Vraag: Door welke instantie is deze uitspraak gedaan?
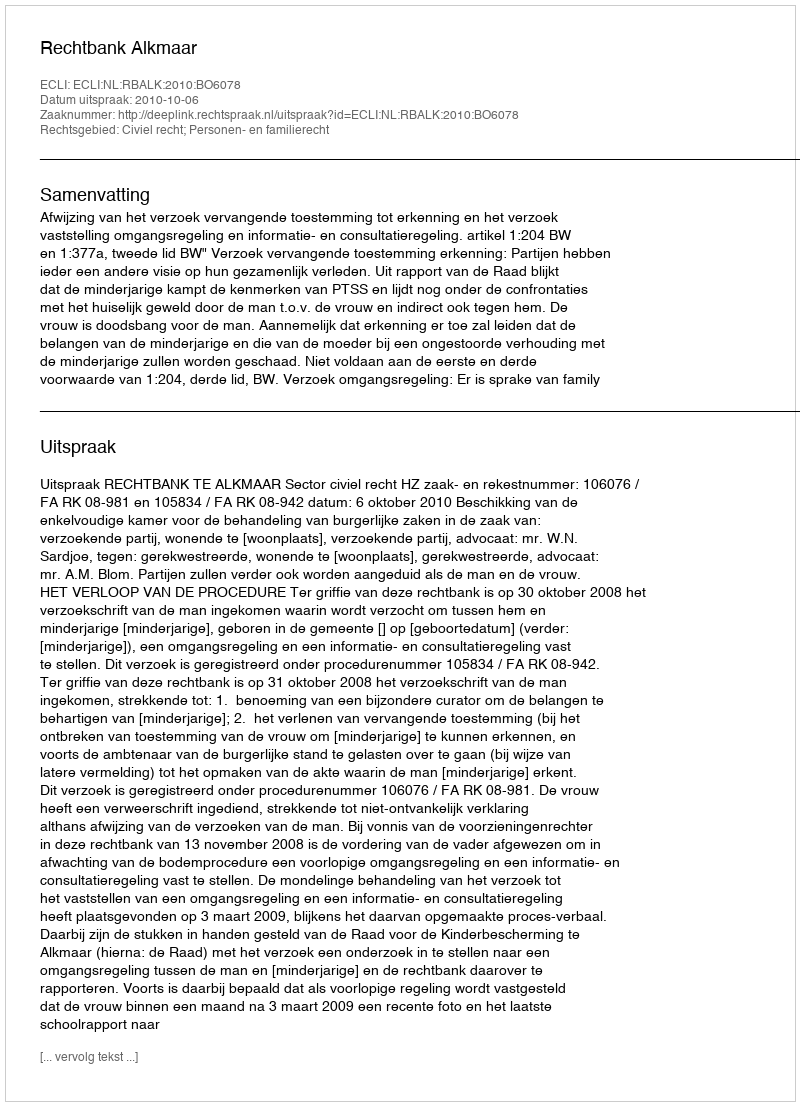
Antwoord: Rechtbank Alkmaar